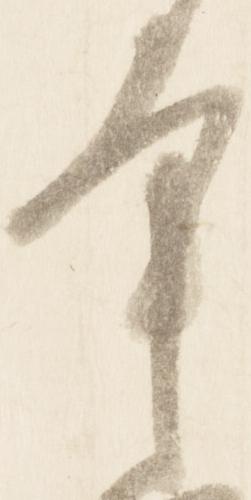
幸